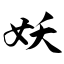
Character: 妖